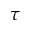
\tau